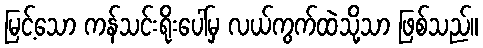
မြင့်သော ကန်သင်းရိုးပေါ်မှ လယ်ကွက်ထဲသို့သာ ဖြစ်သည်။